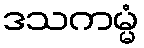
ဒသကမ္မံ